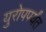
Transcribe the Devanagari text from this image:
युरोपपर्यंत